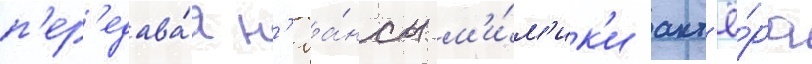
п'ер'едава́я н'юа́нсы м'и́м'ик'и акт'ё́ра